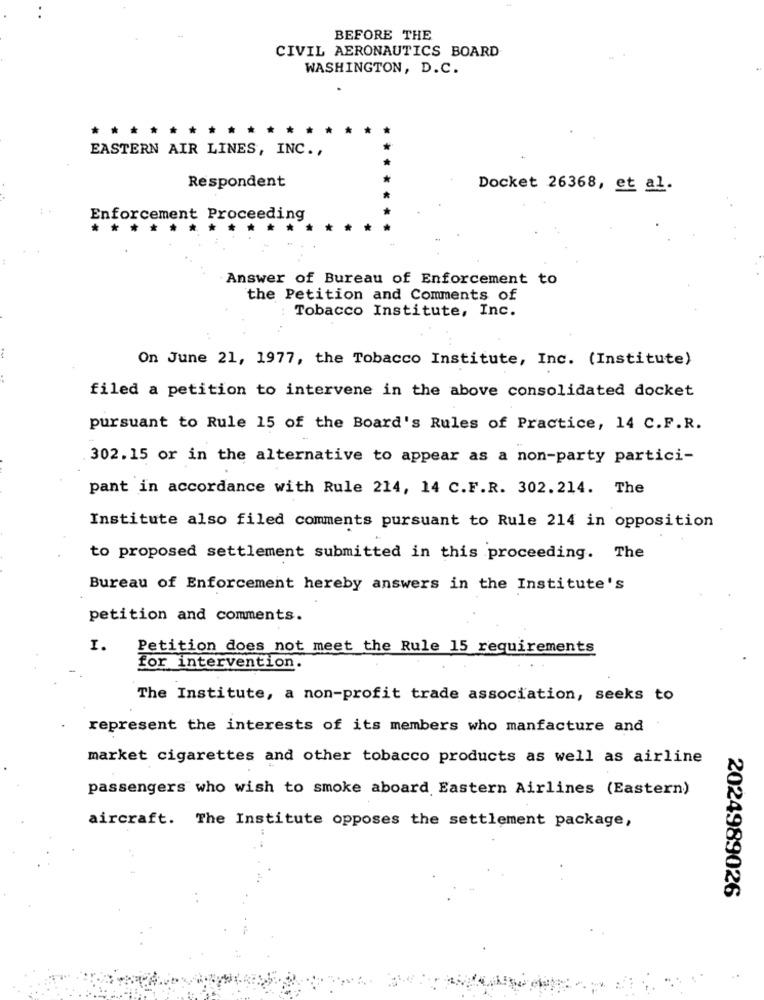
BEFORE THE
CIVIL AERONAUTICS BOARD
WASHINGTON, D.C.
*******
EASTERN AIR LINES, INC .,
Respondent
Docket 26368, et al.
Enforcement Proceeding
Answer of Bureau of Enforcement to
the Petition and Comments of
Tobacco Institute, Inc.
On June 21, 1977, the Tobacco Institute, Inc. (Institute)
filed a petition to intervene in the above consolidated docket
pursuant to Rule 15 of the Board's Rules of Practice, 14 C.F.R.
302.15 or in the alternative to appear as a non-party partici-
pant in accordance with Rule 214, 14 C.F.R. 302.214. The
Institute also filed comments pursuant to Rule 214 in opposition
to proposed settlement submitted in this proceeding. The
Bureau of Enforcement hereby answers in the Institute's
petition and comments.
I.
Petition does not meet the Rule 15 requirements
for intervention.
The Institute, a non-profit trade association, seeks to
represent the interests of its members who manfacture and
market cigarettes and other tobacco products as well as airline
passengers who wish to smoke aboard Eastern Airlines (Eastern)
aircraft. The Institute opposes the settlement package,
2024989026